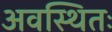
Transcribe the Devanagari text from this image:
अवस्थितः